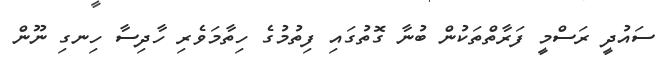
ސައުދީ ރަސްމީ ފަރާތްތަކުން ބުނާ ގޮތުގައި ފިތުމުގެ ހިތާމަވެރި ހާދިސާ ހިނގި ނޫން